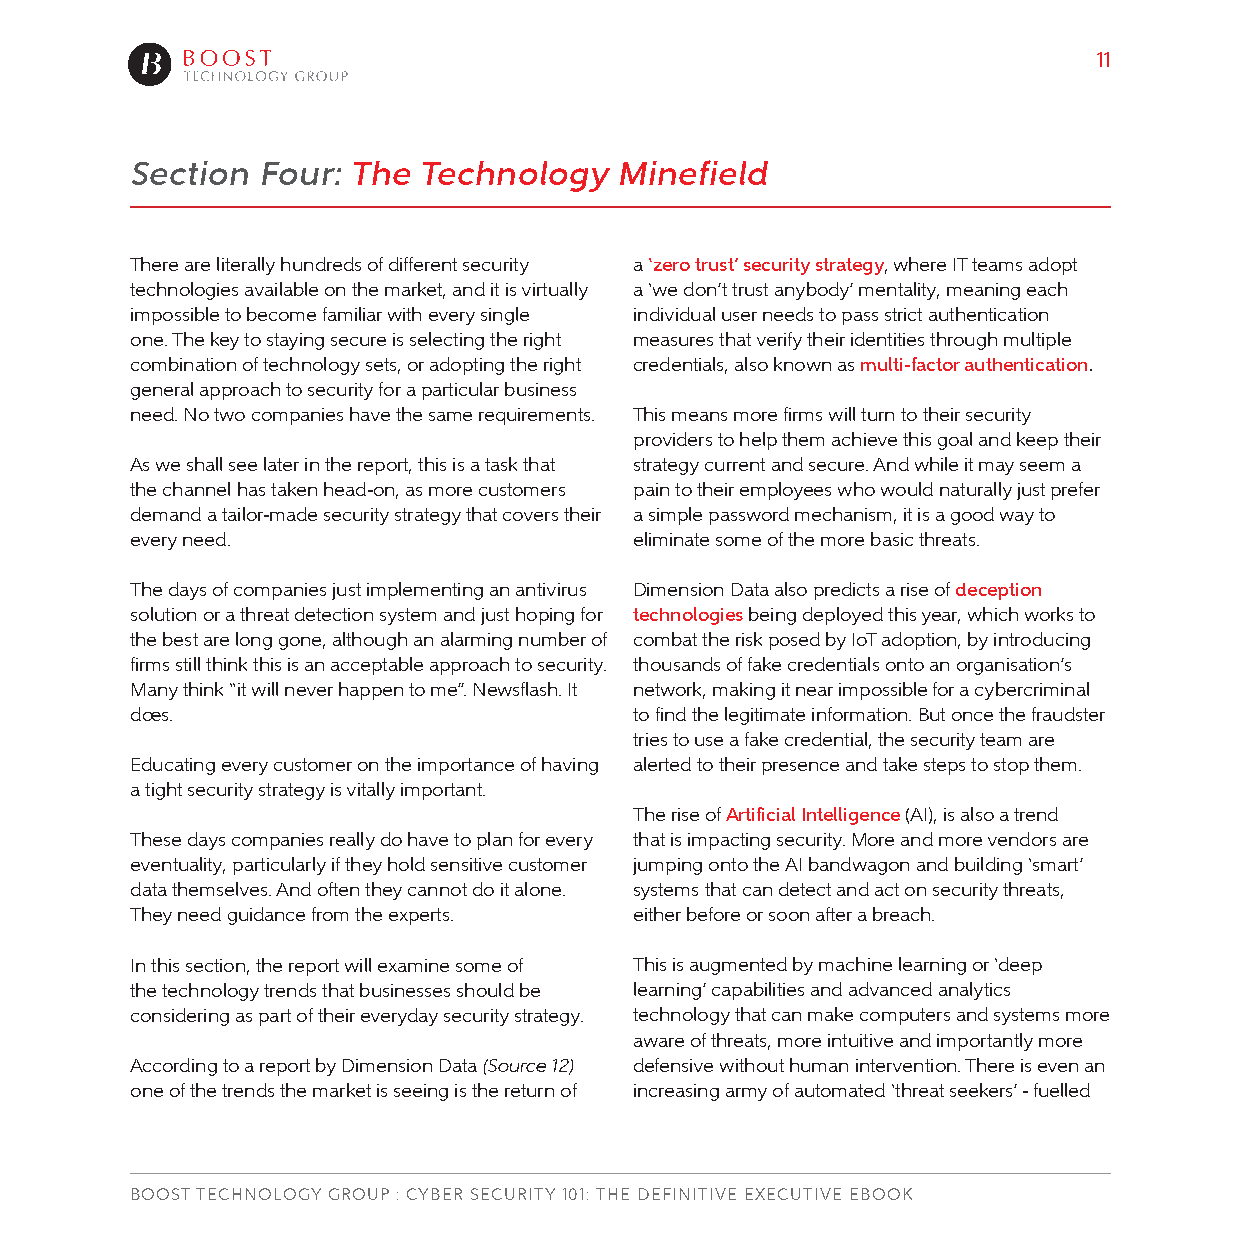
11
 Section Four: The  Technology   Minefield
 There are literally hundreds of different security a ‘zero trust’ security strategy, where IT teams adopt
 technologies available on the market, and it is virtually a ‘we don’t trust anybody’ mentality, meaning each
 impossible to become familiar with every single individual user needs to pass strict authentication
 one. The key to staying secure is selecting the right measures that verify their identities through multiple
 combination of technology sets, or adopting the right credentials, also known as multi-factor authentication.
 general approach to security for a particular business
 need. No two companies have the same requirements. This means more firms will turn to their security
 providers to help them achieve this goal and keep their
 As we shall see later in the report, this is a task that strategy current and secure. And while it may seem a
 the channel has taken head-on, as more customers pain to their employees who would naturally just prefer
 demand a tailor-made security strategy that covers their a simple password mechanism, it is a good way to
 every need.                      eliminate some of the more basic threats.
 The days of companies just implementing an antivirus Dimension Data also predicts a rise of deception
 solution or a threat detection system and just hoping for technologies being deployed this year, which works to
 the best are long gone, although an alarming number of combat the risk posed by IoT adoption, by introducing
 firms still think this is an acceptable approach to security. thousands of fake credentials onto an organisation’s
 Many think “it will never happen to me”. Newsflash. It network, making it near impossible for a cybercriminal
 does.                            to find the legitimate information. But once the fraudster
 tries to use a fake credential, the security team are
 Educating every customer on the importance of having alerted to their presence and take steps to stop them.
 a tight security strategy is vitally important.
 The rise of Artificial Intelligence (AI), is also a trend
 These days companies really do have to plan for every that is impacting security. More and more vendors are
 eventuality, particularly if they hold sensitive customer jumping onto the AI bandwagon and building ‘smart’
 data themselves. And often they cannot do it alone. systems that can detect and act on security threats,
 They need guidance from the experts. either before or soon after a breach.
 In this section, the report will examine some of This is augmented by machine learning or ‘deep
 the technology trends that businesses should be learning’ capabilities and advanced analytics
 considering as part of their everyday security strategy. technology that can make computers and systems more
 aware of threats, more intuitive and importantly more
 According to a report by Dimension Data (Source 12) defensive without human intervention. There is even an
 one of the trends the market is seeing is the return of increasing army of automated ‘threat seekers’ - fuelled
 BOOST TECHNOLOGY GROUP : CYBER SECURITY 101: THE DEFINITIVE EXECUTIVE EBOOK